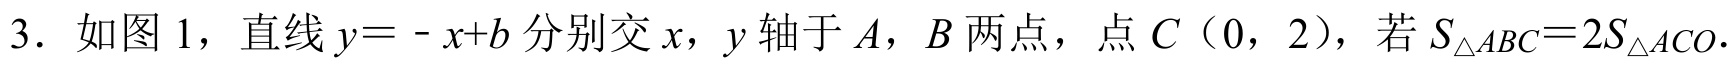
3. 如图1，直线$y = - x + b$分别交$x,y$轴于$A,B$两点，点$C(0,2)$，若$S_{\triangle ABC}=2S_{\triangle ACO}.$